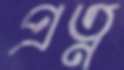
প্রত্ন